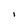
Character: I